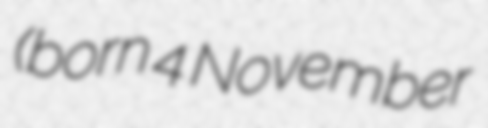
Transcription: (born 4 November